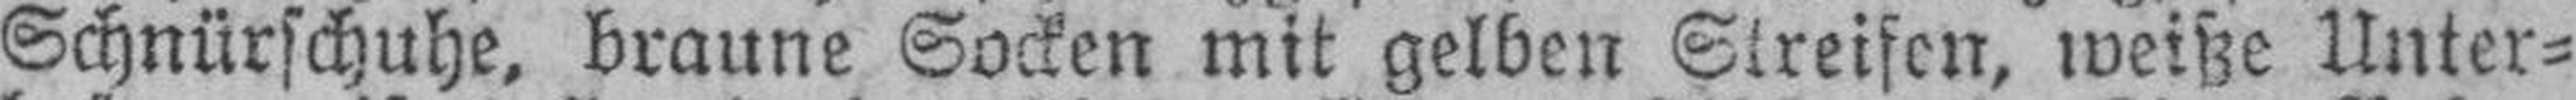
Schnürschuhe, braune Socken mit gelben Streifen, weiße Unter¬